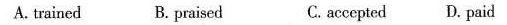
A. trained B. Praised C. acceptedD.paid